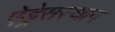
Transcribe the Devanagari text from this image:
ऐड्रेसस्थान